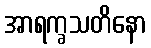
အာရက္ခသတိနော